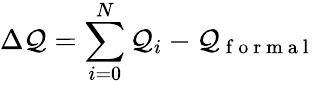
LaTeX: \Delta\mathcal{Q}=\sum_{i=0}^{N}\mathcal{Q}_{i}-\mathcal{Q}_{\mathrm{{~f~o~r~m~a~l~}}}